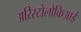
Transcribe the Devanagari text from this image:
अरिस्टोलोकिआई